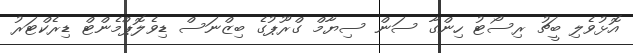
އޮޅުވެލި ބީޗު ރިސޯޓު ހިންގާ ސަން ސިޔާމް ގްރޫޕުގެ ބިޒްނަސް ޑިވެލޮޕްމެންޓް ޑިރެކްޓަރު